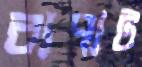
বাপাট